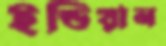
ইন্ডিয়ান